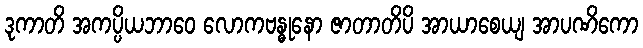
ဒုကာတိ အကပ္ပိယဘာဝေ လောကဗန္ဓုနော ဇာတာတိပိ အာယာစေယျ အာပဏိကော